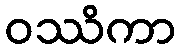
ဝဿိကာ